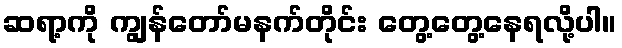
ဆရာ့ကို ကျွန်တော်မနက်တိုင်း တွေ့တွေ့နေရလို့ပါ။